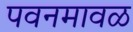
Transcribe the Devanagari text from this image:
पवनमावळ